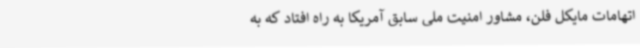
اتهامات مایکل فلن، مشاور امنیت ملی سابق آمریکا به راه افتاد که به